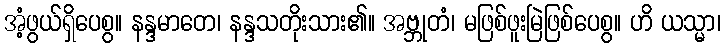
အံ့ဖွယ်ရှိပေစွ။ နန္ဒမာတေ၊ နန္ဒသတိုးသား၏။ အဗ္ဘုတံ၊ မဖြစ်ဖူးမြဲဖြစ်ပေစွ။ ဟိ ယသ္မာ၊